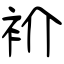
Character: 衸